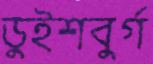
ডুইশবুর্গ